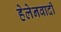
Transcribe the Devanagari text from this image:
हेलेनवादी